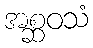
အစ္ဆဝသံ